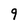
Character: 9